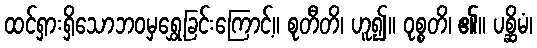
ထင်ရှားရှိသောဘဝမှရွှေ့ခြင်းကြောင့်။ စုတီတိ၊ ဟူ၍။ ဝုစ္စတိ၊ ၏။ ပစ္ဆိမံ၊